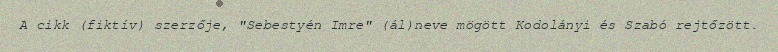
A cikk (fiktív) szerzője, "Sebestyén Imre" (ál)neve mögött Kodolányi és Szabó rejtőzött.